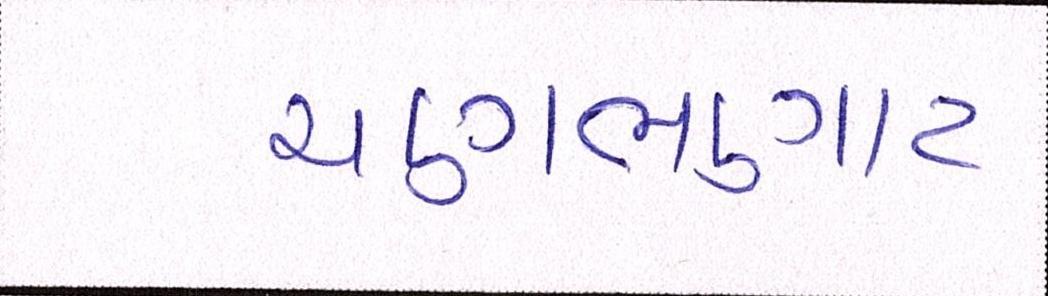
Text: ચણભણાટ